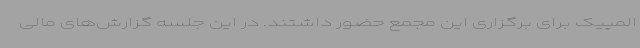
المپیک برای برگزاری این مجمع حضور داشتند. در این جلسه گزارش‌های مالی